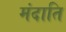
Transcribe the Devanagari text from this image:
मंदाति